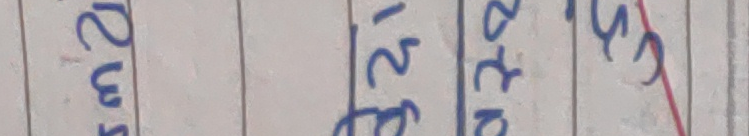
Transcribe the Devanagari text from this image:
२५म २१ग अस्त्र स्से